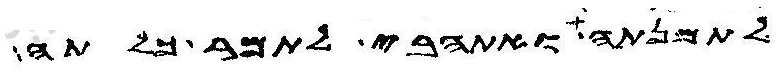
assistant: לתמנתה ואתהבי לתמר כלתה